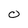
Character: 0